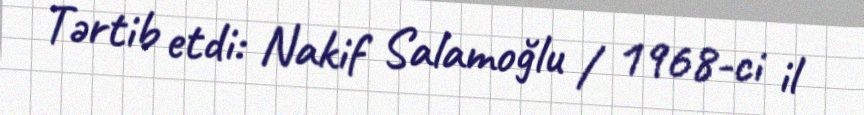
Tərtib etdi: Nakif Salamoğlu / 1968-ci il